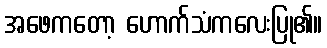
အဖေကတော့ ဟောက်သံကလေးပြု၏။